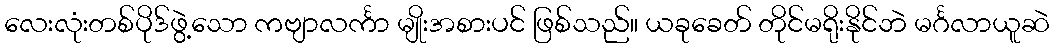
လေးလုံးတစ်ပိုဒ်ဖွဲ့သော ကဗျာလင်္ကာ မျိုးအစားပင် ဖြစ်သည်။ ယခုခေတ် တိုင်မရိုးနိုင်ဘဲ မင်္ဂလာယူဆဲ